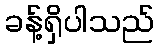
ခန့်ရှိပါသည်